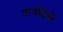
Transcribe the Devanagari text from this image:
तावतिंसे